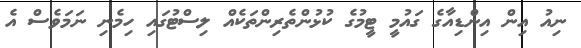
ނިއު އިން އިންޑިއާގެ ގައުމީ ޓީމުގެ ކުޅުންތެރިންތަކެއް ލިސްޓުގައި ހިމެނި ނަމަވެސް އެ